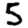
Digit: 5